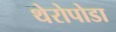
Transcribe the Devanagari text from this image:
थेरोपोडा